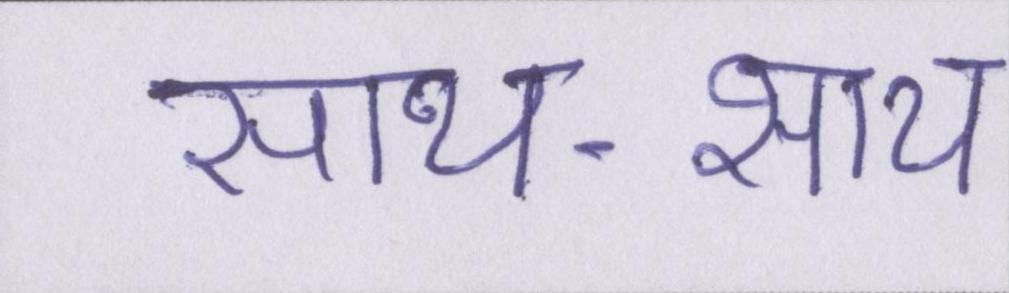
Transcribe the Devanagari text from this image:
साथ-साथ